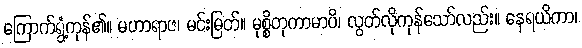
ကြောက်ရွံ့ကုန်၏။ မဟာရာဇ၊ မင်းမြတ်။ မုစ္စိတုကာမာပိ၊ လွတ်လိုကုန်သော်လည်း။ နေရယိကာ၊